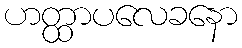
ဟတ္ထာပလေခနော